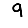
Digit: 9